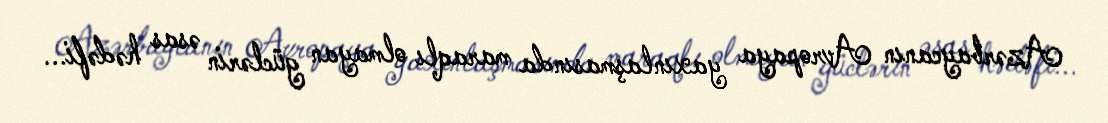
Azərbaycanın Avropaya yaxınlaşmasında maraqlı olmayan güclərin əsas hədəfi...